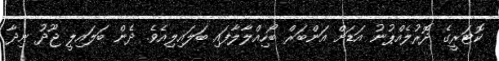
ކޮޓަރީގެ ދޮރުލެއްޕުނު އަޑަށް އަންބަރް ބޯހިއްލާލާފައި ބަލައިލިއެވެ. ދެން ބަލައިލީ ޖޫދު ނިދާ